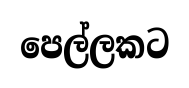
පෙල්ලකට